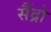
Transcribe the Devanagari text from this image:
सैंद्रो